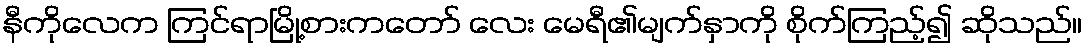
နီကိုလေက ကြင်ရာမြို့စားကတော် လေး မေရီ၏မျက်နှာကို စိုက်ကြည့်၍ ဆိုသည်။